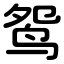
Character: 鸳